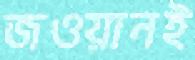
জওয়ানই